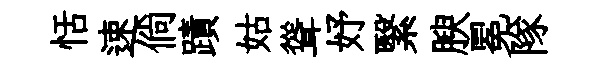
恬速倘蹟姑聳妤繄腴冕隊